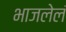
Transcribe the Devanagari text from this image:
भाजलेलं